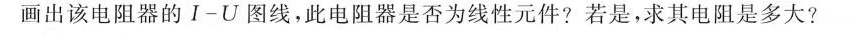
画出该电阻器的Ⅰ-U图线，此电阻器是否为线性元件?若是，求其电阻是多大?